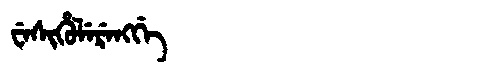
Manchu: ᠸᡝᠰᡳᡥᡠᠯᡝᡵᡝᠩᡤᡝ
Romanization: WESIHULERENGGE